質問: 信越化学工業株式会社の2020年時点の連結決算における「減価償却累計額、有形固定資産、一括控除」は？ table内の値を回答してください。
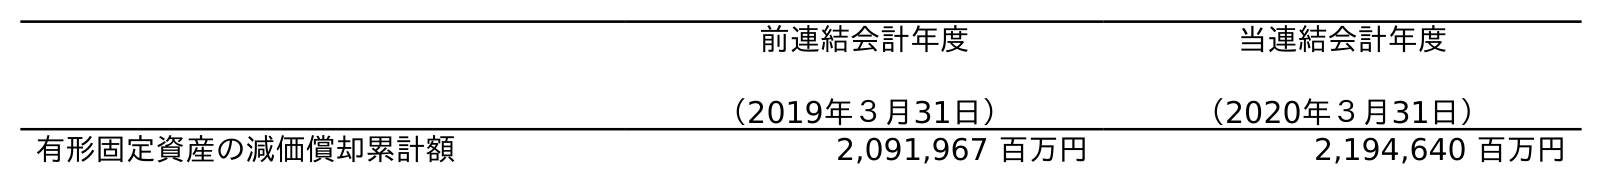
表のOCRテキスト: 前連結会計年度 （2019年３月31日） 当連結会計年度 （2020年３月31日） 有形固定資産の減価償却累計額 2,091,967 百万円 2,194,640 百万円
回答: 2,194,640百万円